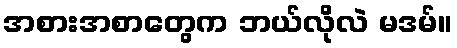
အစားအစာတွေက ဘယ်လိုလဲ မဒမ်။